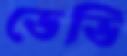
ডেভি